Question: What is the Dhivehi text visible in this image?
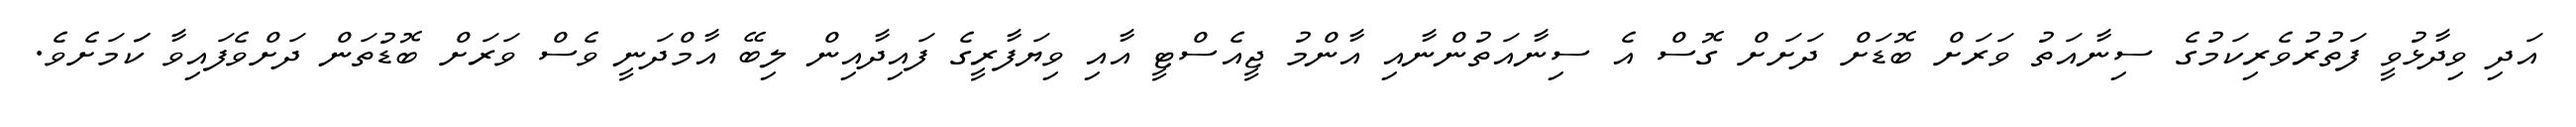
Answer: އަދި ވިދާޅުވީ ފަތުރުވެރިކަމުގެ ސިނާއަތު ވަރަށް ބޮޑަށް ދަށަށް ގޮސް އެ ސިނާއަތުންނާއި އާންމު ޖީއެސްޓީ އާއި ވިޔަފާރީގެ ފައިދާއިން ލިބޭ އާމްދަނީ ވެސް ވަރަށް ބޮޑުތަން ދަށްވެފައިވާ ކަަމަށެވެ.